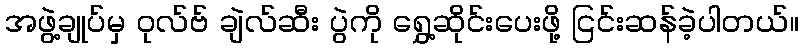
အဖွဲ့ချုပ်မှ ဝုလ်ဗ် ချဲလ်ဆီး ပွဲကို ရွှေ့ဆိုင်းပေးဖို့ ငြင်းဆန်ခဲ့ပါတယ်။